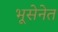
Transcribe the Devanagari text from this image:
भूसेनेत